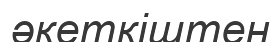
әкеткіштен